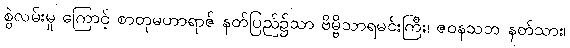
စွဲလမ်းမှု ကြောင့် စာတုမဟာရာဇ် နတ်ပြည်၌သာ ဗိမ္ဗိသာရမင်းကြီး၊ ဇဝနသဘ နတ်သား၊